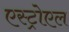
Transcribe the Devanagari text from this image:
एस्ट्रोएल